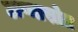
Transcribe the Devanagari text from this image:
ऊष्मास्रोत